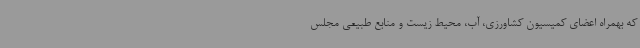
که بهمراه اعضای کمیسیون کشاورزی، آب، محیط زیست و منابع طبیعی مجلس